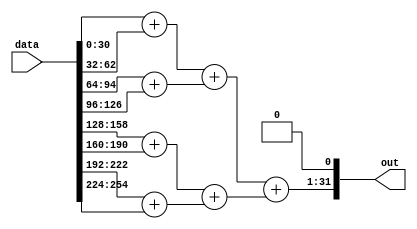
// This program was cloned from: https://github.com/Chair-for-Security-Engineering/fhewsyn
// License: BSD 3-Clause "New" or "Revised" License

// Copyright 2021 Google LLC
//
// Licensed under the Apache License, Version 2.0 (the "License");
// you may not use this file except in compliance with the License.
// You may obtain a copy of the License at
//
//      http://www.apache.org/licenses/LICENSE-2.0
//
// Unless required by applicable law or agreed to in writing, software
// distributed under the License is distributed on an "AS IS" BASIS,
// WITHOUT WARRANTIES OR CONDITIONS OF ANY KIND, either express or implied.
// See the License for the specific language governing permissions and
// limitations under the License.
module DoubleSimpleArray3D(
  input wire [255:0] data,
  output wire [31:0] out
);
  wire [31:0] data_unflattened[0:1][0:1][0:1];
  assign data_unflattened[0][0][0] = data[31:0];
  assign data_unflattened[0][0][1] = data[63:32];
  assign data_unflattened[0][1][0] = data[95:64];
  assign data_unflattened[0][1][1] = data[127:96];
  assign data_unflattened[1][0][0] = data[159:128];
  assign data_unflattened[1][0][1] = data[191:160];
  assign data_unflattened[1][1][0] = data[223:192];
  assign data_unflattened[1][1][1] = data[255:224];
  wire [31:0] tuple_index_1288;
  wire [31:0] tuple_index_1289;
  wire [31:0] tuple_index_1290;
  wire [31:0] tuple_index_1291;
  wire [31:0] tuple_index_1292;
  wire [31:0] tuple_index_1293;
  wire [31:0] tuple_index_1294;
  wire [31:0] tuple_index_1295;
  wire [30:0] add_1304;
  wire [30:0] add_1305;
  wire [30:0] add_1306;
  wire [30:0] add_1307;
  wire [30:0] add_1308;
  wire [30:0] add_1309;
  wire [30:0] add_1310;
  assign tuple_index_1288 = data_unflattened[1'h0][1'h0][1'h0][31:0];
  assign tuple_index_1289 = data_unflattened[1'h0][1'h0][1'h1][31:0];
  assign tuple_index_1290 = data_unflattened[1'h0][1'h1][1'h0][31:0];
  assign tuple_index_1291 = data_unflattened[1'h0][1'h1][1'h1][31:0];
  assign tuple_index_1292 = data_unflattened[1'h1][1'h0][1'h0][31:0];
  assign tuple_index_1293 = data_unflattened[1'h1][1'h0][1'h1][31:0];
  assign tuple_index_1294 = data_unflattened[1'h1][1'h1][1'h0][31:0];
  assign tuple_index_1295 = data_unflattened[1'h1][1'h1][1'h1][31:0];
  assign add_1304 = tuple_index_1288[30:0] + tuple_index_1289[30:0];
  assign add_1305 = tuple_index_1290[30:0] + tuple_index_1291[30:0];
  assign add_1306 = tuple_index_1292[30:0] + tuple_index_1293[30:0];
  assign add_1307 = tuple_index_1294[30:0] + tuple_index_1295[30:0];
  assign add_1308 = add_1304 + add_1305;
  assign add_1309 = add_1306 + add_1307;
  assign add_1310 = add_1308 + add_1309;
  assign out = {{add_1310, 1'h0}};
endmodule